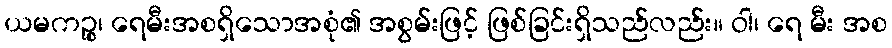
ယမကဉ္စ၊ ရေမီးအစရှိသောအစုံ၏ အစွမ်းဖြင့် ဖြစ်ခြင်းရှိသည်လည်း။ ဝါ၊ ရေ မီး အစ